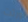
ورثت